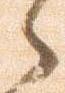
々